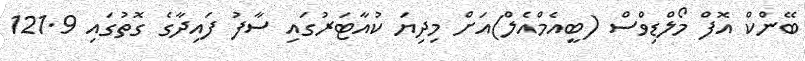
ބޭންކް އޮފް މޯލްޑިވްސް (ބީއެމްއެލް)އަށް މިދިޔަ ކުއާޓަރުގައި ސާފު ފައިދާގެ ގޮތުގައި 121.9